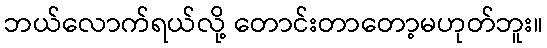
ဘယ်လောက်ရယ်လို့ တောင်းတာတော့မဟုတ်ဘူး။